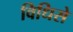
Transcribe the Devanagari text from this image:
विधिसे